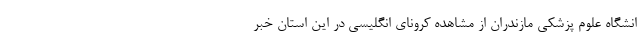
انشگاه علوم پزشکی مازندران از مشاهده کرونای انگلیسی در این استان خبر